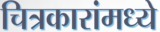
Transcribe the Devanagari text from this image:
चित्रकारांमध्ये